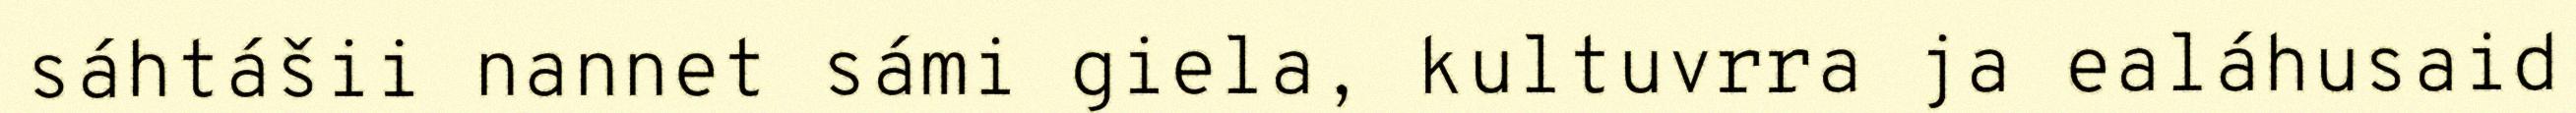
sáhtášii nannet sámi giela, kultuvrra ja ealáhusaid